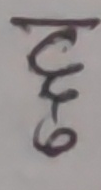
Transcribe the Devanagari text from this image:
ट्र